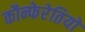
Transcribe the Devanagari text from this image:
कौन्फेरेतियो